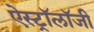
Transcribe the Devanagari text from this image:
ऐस्ट्रॉलॉजी